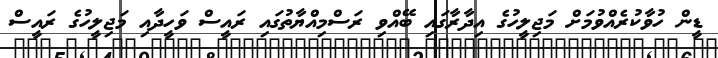
ޑީން ހުވާކުރެއްވުމަށް މަޖިލީހުގެ އިދާރާގައި ބޭއްވި ރަސްމިއްޔާތުގައި ރައީސް ވަހީދާއި މަޖިލީހުގެ ރައީސް